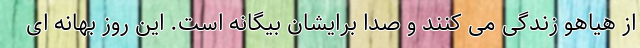
از هیاهو زندگی می کنند و صدا برایشان بیگانه است. این روز بهانه ای